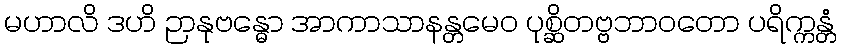
မဟာလိ ဒဟိ ဉာနုဗန္ဓော အာကာသာနန္တမေဝ ပုစ္ဆိတဗ္ဗဘာဝတော ပရိက္ကန္တံ